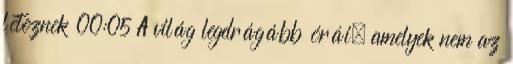
léteznek 00:05 A világ legdrágább órái, amelyek nem az